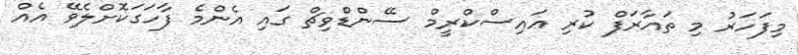
މިފަހަރު މި ތައާރަފް ކުރި އައިސްކްރީމް ސޭންޑްވިޗް ގައި އެންމެ ފާހަގަކޮށްލެވޭ އެއް